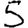
Digit: 5